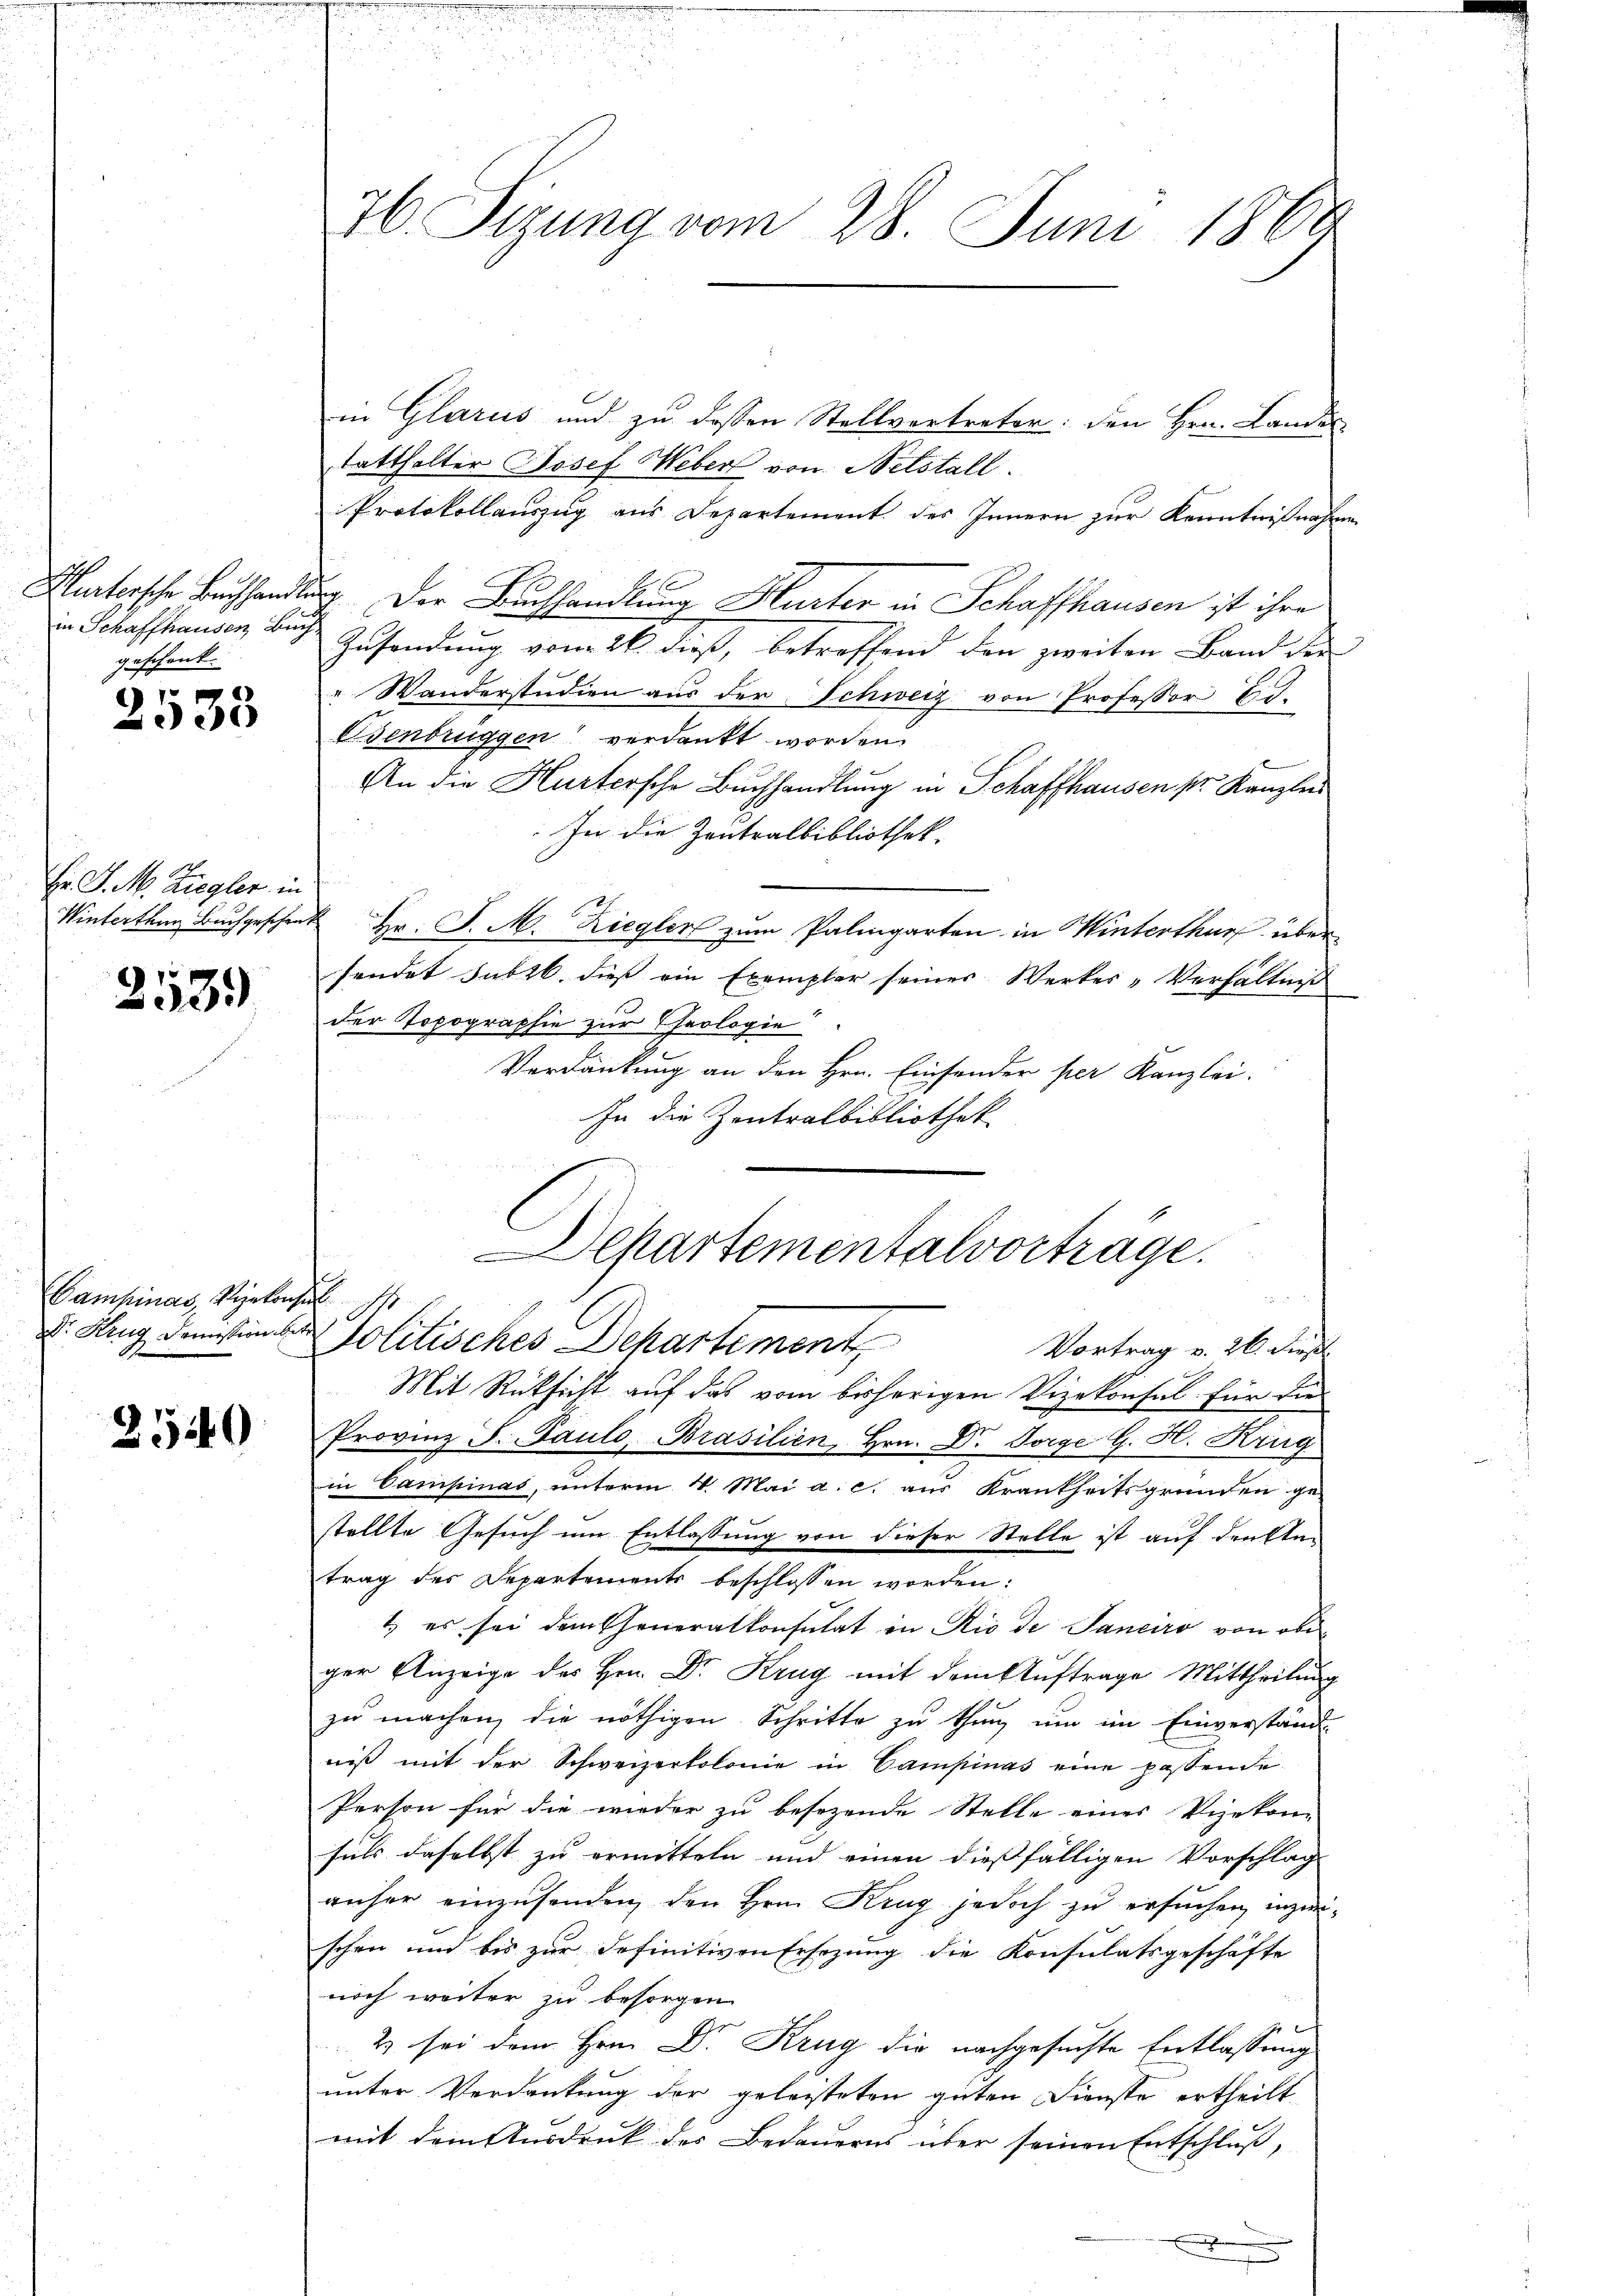
Hurtersche Buchhande
in Schaffhausen Buch
geschenk.

1
2000

Hr. J. M. Ziegler in
Winterthun Buchgeschent

253.

Campinas, Vizekonse
Dr. Krug Demission bet

2540

76. Sezung vom 28. Juni 1869

in Glarus und zu dessen Stellvertreter: den Hrn. Landes
tatthalter Josef Weber von Netstall.
Protokollauszug aus Departement des Innern zur Kenntnißnahm
dg. Der Buchhandlung Hurter in Schaffhausen ist ihre
Zusendung vom 26. dieß, betreffend den zweiten Band der
" Wanderstudien aus der Schweiz von Professor Eid¬
Osenbrüggen verdankt worden.
An die Hurtersche Buchhandlung in Schaffhausen pr. Kanzleis
In die Zentralbibliothek.
 Hr. P. M. Ziegler zum Palingarten in Winterthur über-
sendet subr. dieß ein Exemplar seines Werker-Verhältniß
der Topographie zur Theologie
Verdankung an den Hrn. Einsender per Kanzlei.
In die Zentralbibliothek
s
Mit Rücksicht auf das vom bisherigen Vizekonsul für die
Provinz F. Paulo, Brasilien Hrn. Dr. Sorge G. H. Krieg
in Campinas, unterm 4. Mai a. c. aus Krankseitsgründen ge-
stellte Gesuch um Entlassung von dieser Stelle ist auf den An-
trag des Departements beschlossen worden:
1) es sei dem Generalkonsulat in Rio de Janeiro von obiger Anzeige des Hrn. Dr. Krug mit dem Auftrage Mittheilung
zu machen, die nöthigen Schritte zu thun, um im Einverständ
niβ mit der Schweizerkolonie in Campinas eine passende
Person für die wieder zu besezende Stelle eines Vizekon-
suls daselbst zu ermitteln und einen diesfälligen Vorschlag
anher einzusenden den Hrn. Krug jedoch zu ersuchen, inzwischen und bis zur definitiven Ersezung die Konsulatsgeschäfte
noch weiter zu besorgen
2 sei dem Hrn. Dr. Krug die nachgesuchte Entlassung
unter Verdankung der geleisteten guten Dienste ertheilt
mit dem Ausdruck des Bedauerns über seinen Entschluß,

Departementalvorträge.
Politisches Departement
Vortrag v. 26. dieß